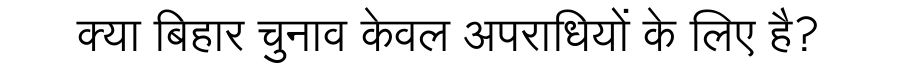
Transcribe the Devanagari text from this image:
क्या बिहार चुनाव केवल अपराधियों के लिए है?